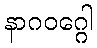
နာဂဝဂ္ဂေါ